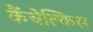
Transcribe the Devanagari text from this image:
कैंचेल्किस